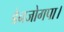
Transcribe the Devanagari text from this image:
डेनजोगपा।